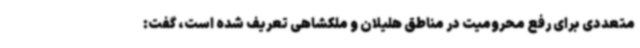
متعددی برای رفع محرومیت در مناطق هلیلان و ملکشاهی تعریف شده است، گفت: